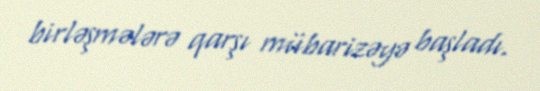
birləşmələrə qarşı mübarizəyə başladı.